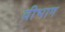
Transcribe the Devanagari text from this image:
वीभाग